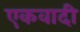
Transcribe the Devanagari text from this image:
एकवादी